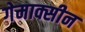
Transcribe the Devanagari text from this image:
गेमाक्सीन